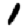
Digit: 1